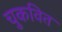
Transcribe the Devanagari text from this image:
चुकवित